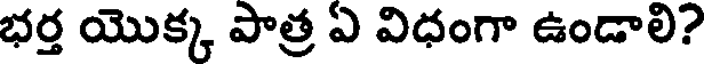
భర్త యొక్క పాత్ర ఏ విధంగా ఉండాలి?